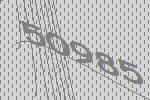
50985